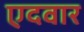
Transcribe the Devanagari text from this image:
एदवार